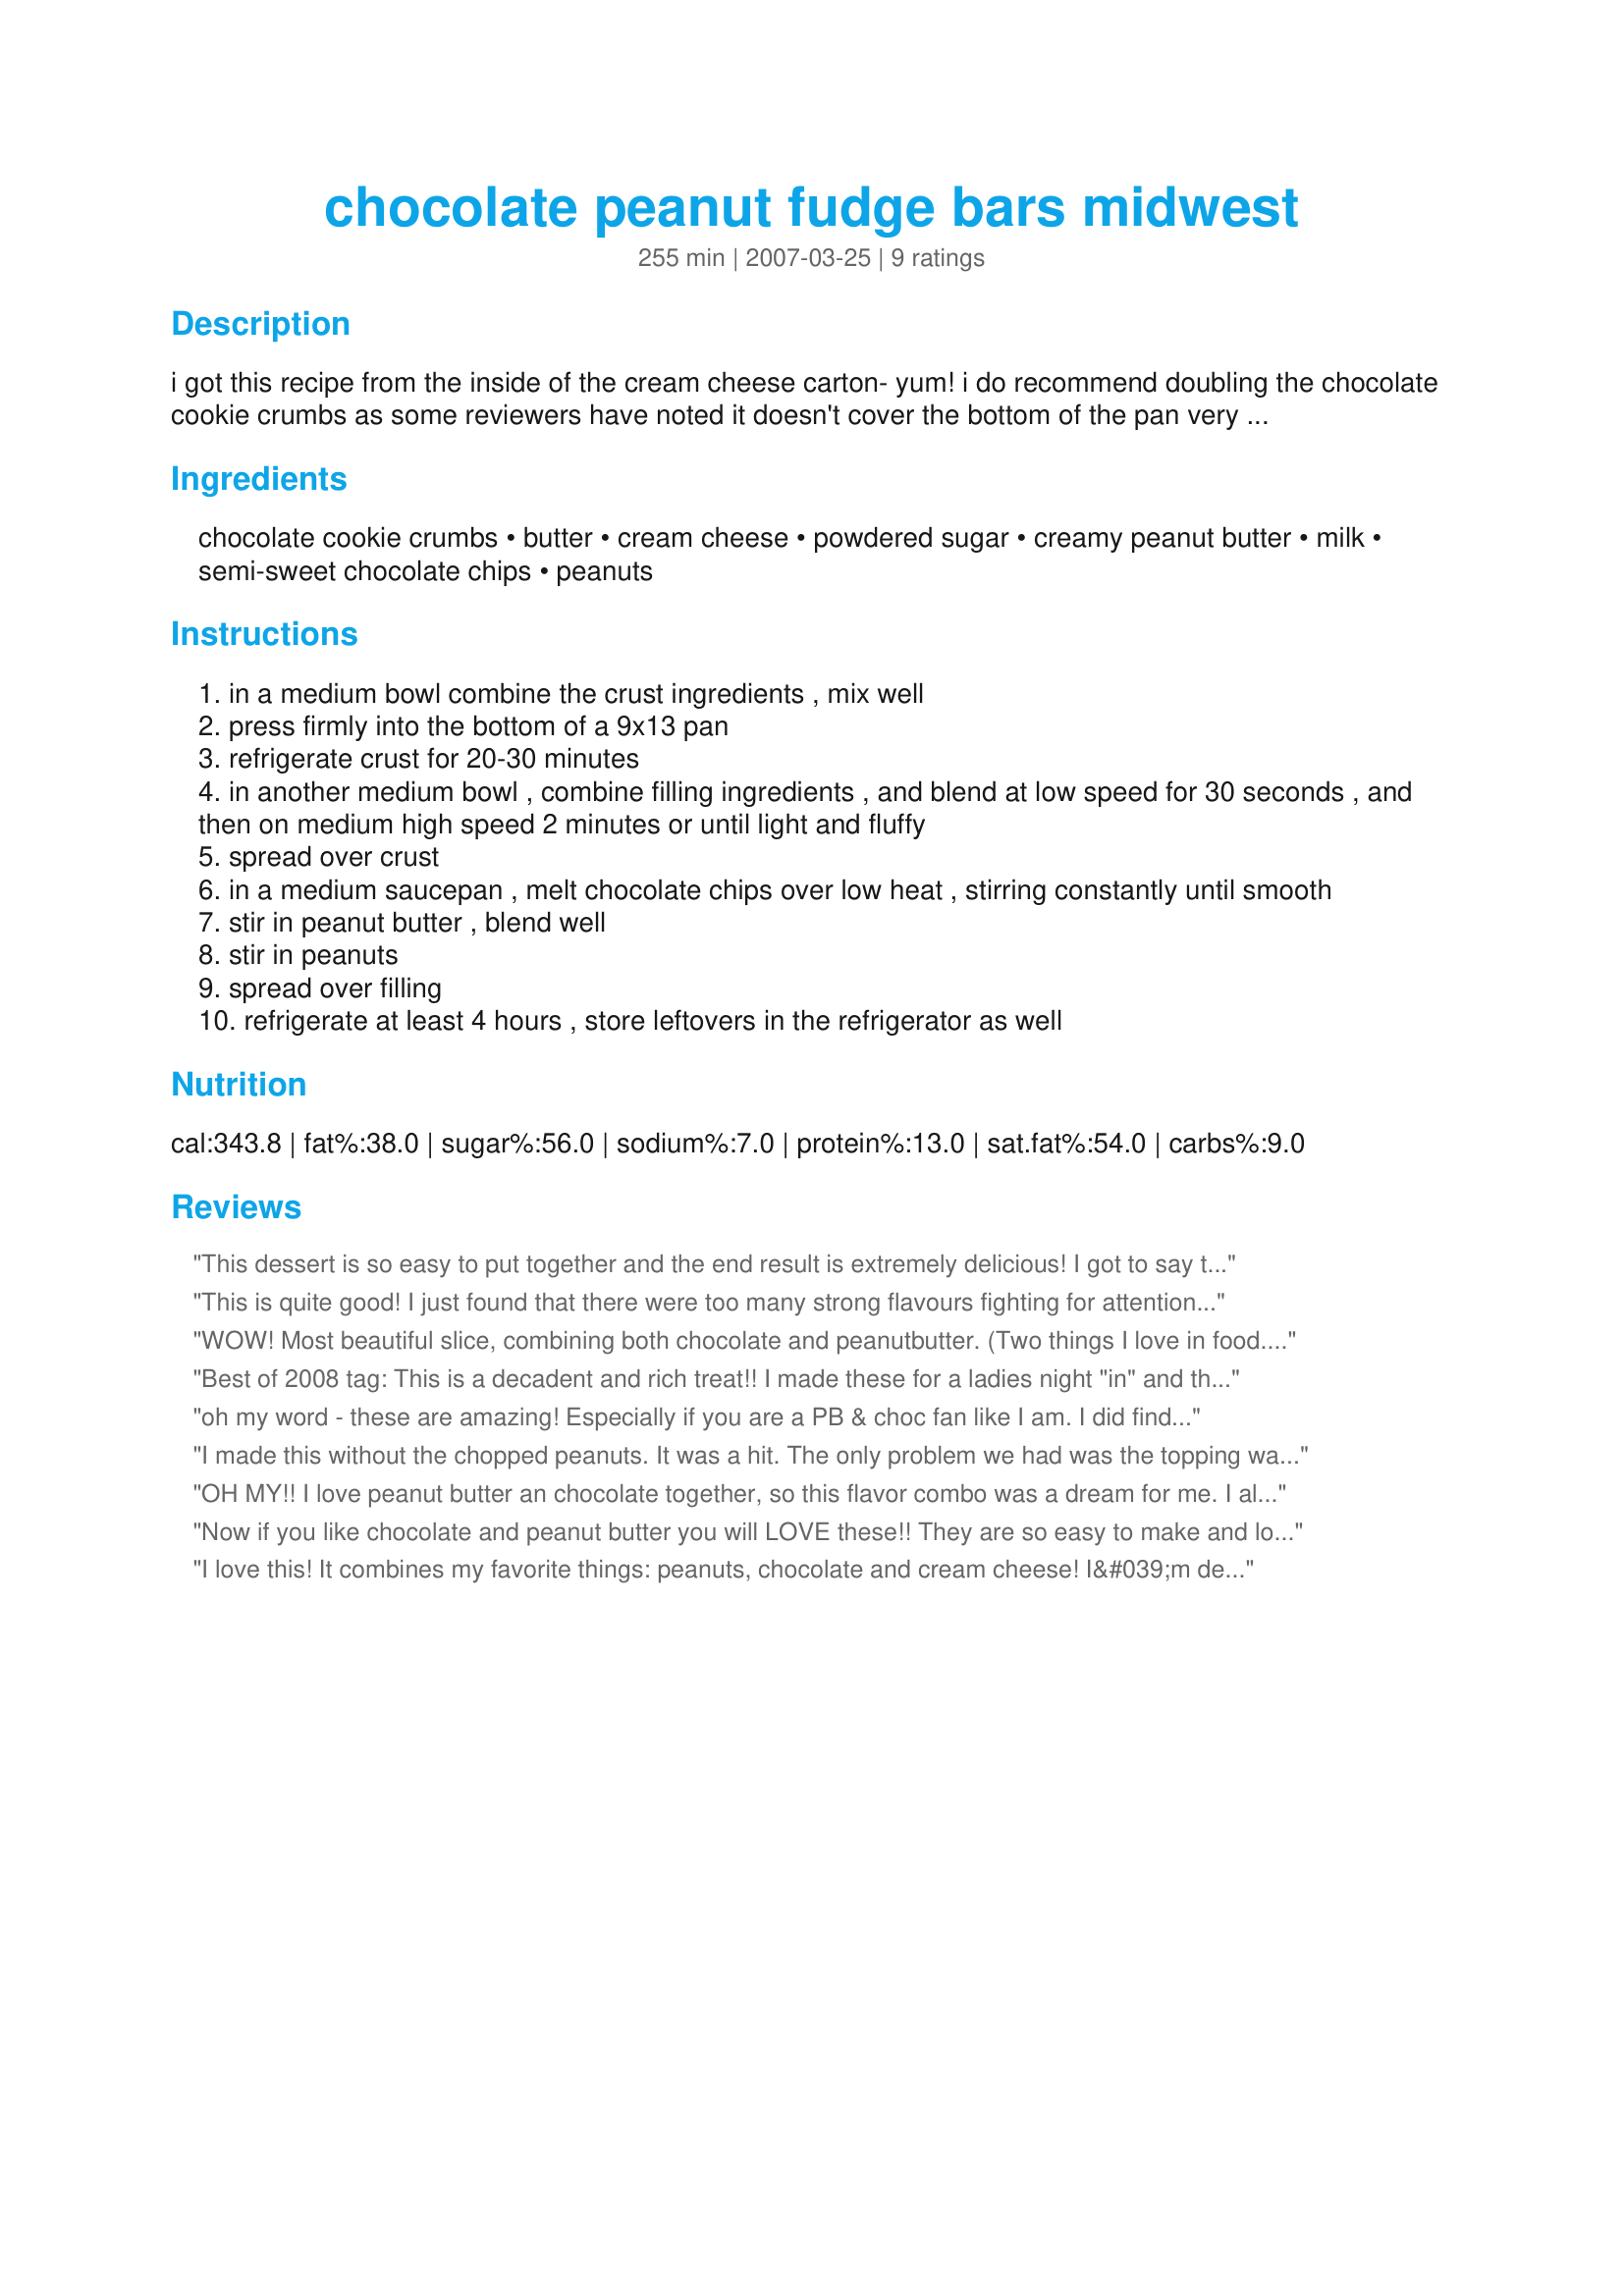
chocolate peanut fudge bars midwest
Preparation time: 255 minutes

i got this recipe from the inside of the cream cheese carton- yum!

i do recommend doubling the chocolate cookie crumbs as some reviewers have noted it doesn't cover the bottom of the pan very well with only 2 cups.

Ingredients:
chocolate cookie crumbs, butter, cream cheese, powdered sugar, creamy peanut butter, milk, semi-sweet chocolate chips, peanuts

Steps:
in a medium bowl combine the crust ingredients , mix well
press firmly into the bottom of a 9x13 pan
refrigerate crust for 20-30 minutes
in another medium bowl , combine filling ingredients , and blend at low speed for 30 seconds , and then on medium high speed 2 minutes or until light and fluffy
spread over crust
in a medium saucepan , melt chocolate chips over low heat , stirring constantly until smooth
stir in peanut butter , blend well
stir in peanuts
spread over filling
refrigerate at least 4 hours , store leftovers in the refrigerator as well

Reviews:
This dessert is so easy to put together and the end result is extremely delicious! I got to say though, I found that the peanut butter flavour was all I could taste. I think the topping would have been fine without the additional pb in it because I had a piece of the bar without the chocolate topping included and the choc/pb combo was perfect! and I did not double the crust. I will definitely be making these bars again in the near future because they were so easy, rich, delicious, man I can't find words to describe them otherwise. Thanks so much for sharing your recipe.
This is quite good! I just found that there were too many strong flavours fighting for attention. I don't know if the middle layer even needed the cream cheese - the flavour might have been less overwhelming without it. I had the same 2 issues as another reviewer - the crust was pretty much mush & I had to use my hands to get it spread across the entire pan. And, the cream cheese layer was so soft, it squished when trying to cut the squares. Even though I refrigerated overnight, the squares became very, very soft at room temperature after only a few minutes.
WOW!
Most beautiful slice, combining both chocolate and peanutbutter. (Two things I love in food.) Thanks for the recipe, it won me second place in the royal adelaide show! My mum,(stardustannie) suggested i put some of the peanuts on top. I thought that that one made it look even more appetising, if possible. YUM!
Best of 2008 tag: This is a decadent and rich treat!! I made these for a ladies night "in" and they were a hit!! Thank you so much for sharing this recipe!
oh my word - these are amazing! Especially if you are a PB & choc fan like I am. I did find that the crust was too greasy when I mixed it and did not fill the 9x13 pan easily so I add another cup of the crumbs. My filling got kind of mushed too when I cut the bars - they didn't look as pretty as yours. But boy were they delicious! ZWT 3
I made this without the chopped peanuts. It was a hit. The only problem we had was the topping was hard and the second layer was so soft that whenever we cut into them, filling squished out. I would like it with a softer chocolate layer. I also used another 1/2 recipe of the bottom layer.
OH MY!! I love peanut butter an chocolate together, so this flavor combo was a dream for me. I also loved the soft cream cheese filling (I used the equivalent of 6 ounces of light cream cheese), it made them even richer than they already were! Both layers were easy to spread over the crumbs. I used the stated amount of crumbs and did not have any problems with it not covering the bottom. I made a quarter recipe in a loaf pan lined with parchment, so I could easily lift it out. I did not have any problems cutting them this way (I also let them come to room temperature as well). If you do, you can carefully peel it from the parchment paper. It is hard to eat just one of these treats. If you are like me, I couldn't stop saying WOW!
Now if you like chocolate and peanut butter you will LOVE these!! They are so easy to make and look spectacular on a sweets plate. With the topping I left out 1/4 cup peanuts and sprinkled them over the top. This recipe is loaded with calories...so share it!! It makes for a lovely treat when you have guests over for coffee & cake.
I love this! It combines my favorite things: peanuts, chocolate and cream cheese! I&#039;m definitely making this for my next bake sale!
